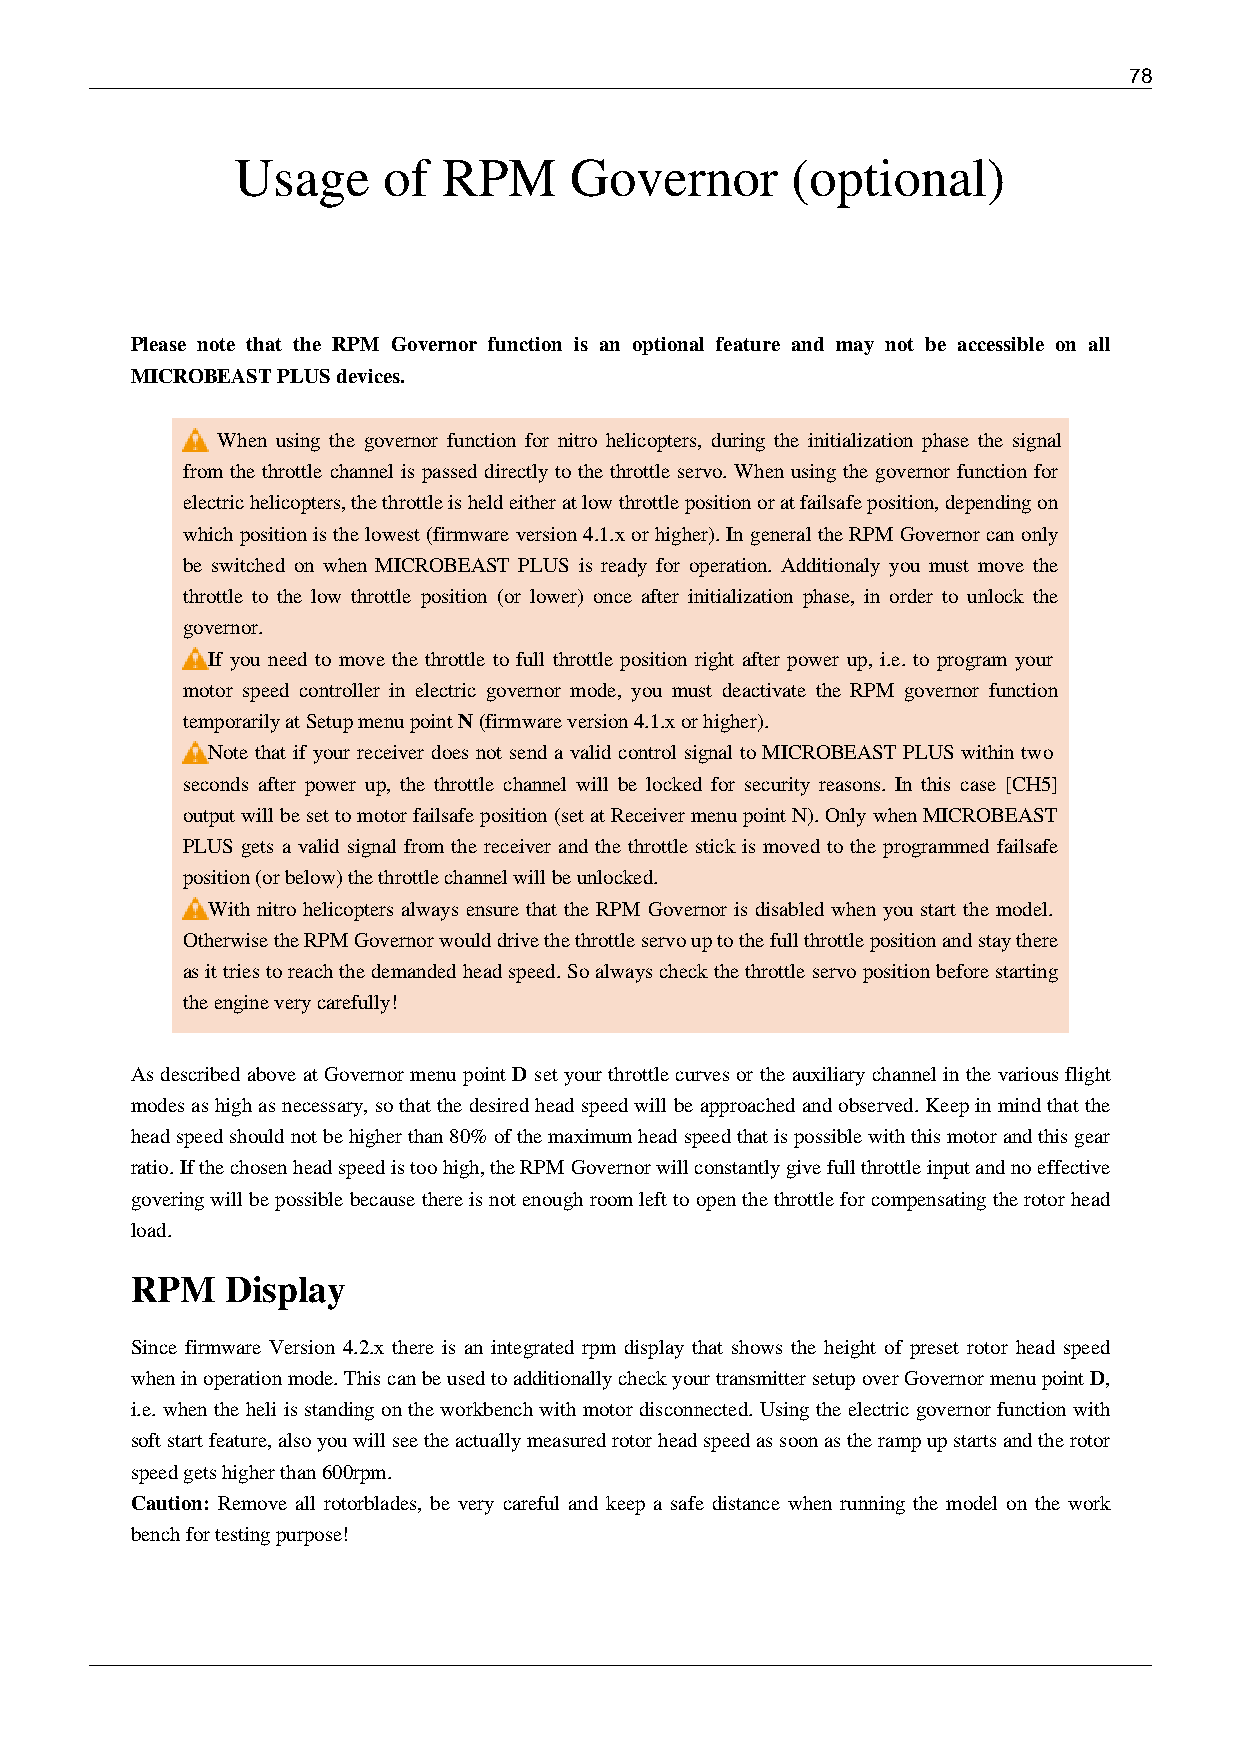
78
 Usage    of  RPM      Governor      (optional)
 Please note that the RPM Governor function is an optional feature and may not be accessible on all
 MICROBEAST PLUS devices.
 When using the governor function for nitro helicopters, during the initialization phase the signal
 from the throttle channel is passed directly to the throttle servo. When using the governor function for
 electric helicopters, the throttle is held either at low throttle position or at failsafe position, depending on
 which position is the lowest (firmware version 4.1.x or higher). In general the RPM Governor can only
 be switched on when MICROBEAST PLUS is ready for operation. Additionaly you must move the
 throttle to the low throttle position (or lower) once after initialization phase, in order to unlock the
 governor.
 If you need to move the throttle to full throttle position right after power up, i.e. to program your
 motor speed controller in electric governor mode, you must deactivate the RPM governor function
 temporarily at Setup menu point N (firmware version 4.1.x or higher).
 Note that if your receiver does not send a valid control signal to MICROBEAST PLUS within two
 seconds after power up, the throttle channel will be locked for security reasons. In this case [CH5]
 output will be set to motor failsafe position (set at Receiver menu point N). Only when MICROBEAST
 PLUS gets a valid signal from the receiver and the throttle stick is moved to the programmed failsafe
 position (or below) the throttle channel will be unlocked.
 With nitro helicopters always ensure that the RPM Governor is disabled when you start the model.
 Otherwise the RPM Governor would drive the throttle servo up to the full throttle position and stay there
 as it tries to reach the demanded head speed. So always check the throttle servo position before starting
 the engine very carefully!
 As described above at Governor menu point D set your throttle curves or the auxiliary channel in the various flight
 modes as high as necessary, so that the desired head speed will be approached and observed. Keep in mind that the
 head speed should not be higher than 80% of the maximum head speed that is possible with this motor and this gear
 ratio. If the chosen head speed is too high, the RPM Governor will constantly give full throttle input and no effective
 govering will be possible because there is not enough room left to open the throttle for compensating the rotor head
 load.
 RPM   Display
 Since firmware Version 4.2.x there is an integrated rpm display that shows the height of preset rotor head speed
 when in operation mode. This can be used to additionally check your transmitter setup over Governor menu point D,
 i.e. when the heli is standing on the workbench with motor disconnected. Using the electric governor function with
 soft start feature, also you will see the actually measured rotor head speed as soon as the ramp up starts and the rotor
 speed gets higher than 600rpm.
 Caution: Remove all rotorblades, be very careful and keep a safe distance when running the model on the work
 bench for testing purpose!